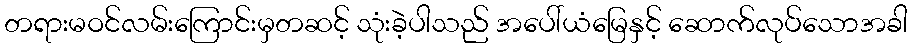
တရားမဝင်လမ်းကြောင်းမှတဆင့် သုံးခဲ့ပါသည် အပေါ်ယံမြေနှင့် ဆောက်လုပ်သောအခါ